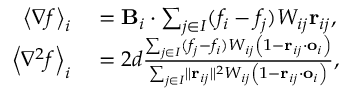
\begin{array} { r l } { \left< \nabla f \right> _ { i } } & { { } = \mathbf { B } _ { i } \cdot \sum _ { j \in I } ( f _ { i } - f _ { j } ) W _ { i j } \mathbf { r } _ { i j } , } \\ { \left< \nabla ^ { 2 } f \right> _ { i } } & { { } = 2 d \frac { \sum _ { j \in I } ( f _ { j } - f _ { i } ) W _ { i j } \left( 1 - \mathbf { r } _ { i j } \cdot \mathbf { o } _ { i } \right) } { \sum _ { j \in I } \lVert \mathbf { r } _ { i j } \rVert ^ { 2 } W _ { i j } \left( 1 - \mathbf { r } _ { i j } \cdot \mathbf { o } _ { i } \right) } , } \end{array}